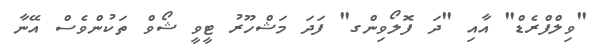
"ވިލްފްރެޑް" އާއި "ދަ ފޮލޯވިންގ" ފަދަ މަޝްހޫރު ޓީވީ ޝޯވް ތަކުންވެސް އޭނާ